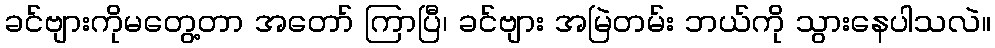
ခင်ဗျားကိုမတွေ့တာ အတော် ကြာပြီ၊ ခင်ဗျား အမြဲတမ်း ဘယ်ကို သွားနေပါသလဲ။